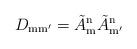
LaTeX: \begin{align*}D_{\mathrm{mm'}} = \tilde A_{\mathrm{m}}^{\mathrm{n}} \tilde A_{\mathrm{m'}}^{\mathrm{n}}\end{align*}